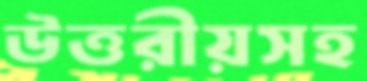
উত্তরীয়সহ